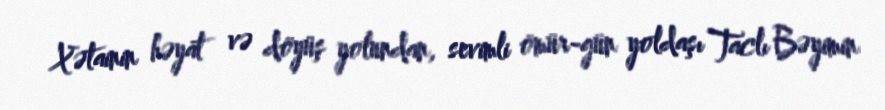
Xətainin həyat və döyüş yolundan, sevimli ömür-gün yoldaşı Taclı Bəyimin